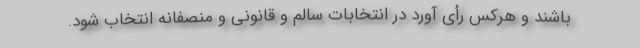
باشند و هرکس رأی آورد در انتخابات سالم و قانونی و منصفانه انتخاب شود‌.